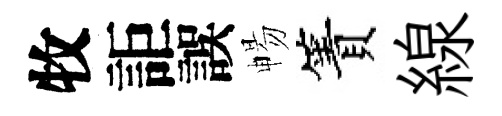
牧詎誤暢簀線